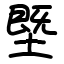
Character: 塈